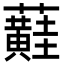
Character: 蘳